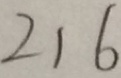
2 1 6